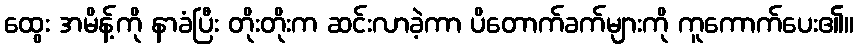
ထွေး အမိန့်ကို နာခံပြီး တိုးတိုးက ဆင်းလာခဲ့ကာ ပိတောက်ခက်များကို ကူကောက်ပေး၏။